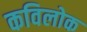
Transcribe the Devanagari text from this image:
कविलोक